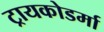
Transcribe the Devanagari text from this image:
ट्रायकोडर्मा